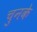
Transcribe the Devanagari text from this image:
चुनके